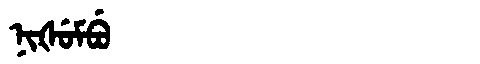
Manchu: ᠨᡳᡧᡠᠮᠪᡠ
Romanization: NIŠUMBU